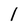
Character: l